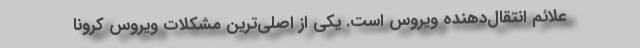
علائم انتقال‌دهنده ویروس است. یکی از اصلی‌ترین مشکلات ویروس کرونا